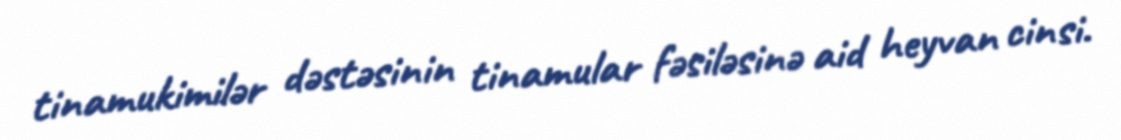
tinamukimilər dəstəsinin tinamular fəsiləsinə aid heyvan cinsi.